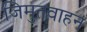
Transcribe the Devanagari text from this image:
जिमुतवाहन